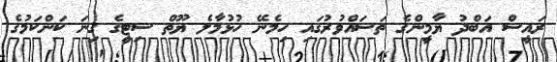
ރައީސް އަބްދު ޔާމީންގެ ތަސައްވުރުގައި ހިމެނޭ ހުޅުމާލެ ޔޫތް ސިޓީގެ ގިނަ ކަންކަމުގެ